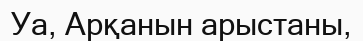
Уа, Арқанын арыстаны,